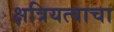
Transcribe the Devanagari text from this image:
क्षत्रियत्वाचा